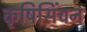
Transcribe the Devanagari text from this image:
कृषिसिंचन